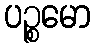
ပဉ္စမော